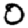
Digit: 0